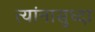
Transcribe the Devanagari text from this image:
त्यांनासुध्दा